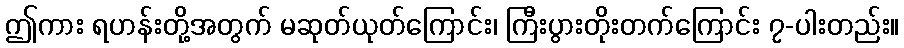
ဤကား ရဟန်းတို့အတွက် မဆုတ်ယုတ်ကြောင်း၊ ကြီးပွားတိုးတက်ကြောင်း ၇-ပါးတည်း။